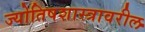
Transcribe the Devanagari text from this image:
ज्योतिषशास्त्रावरील